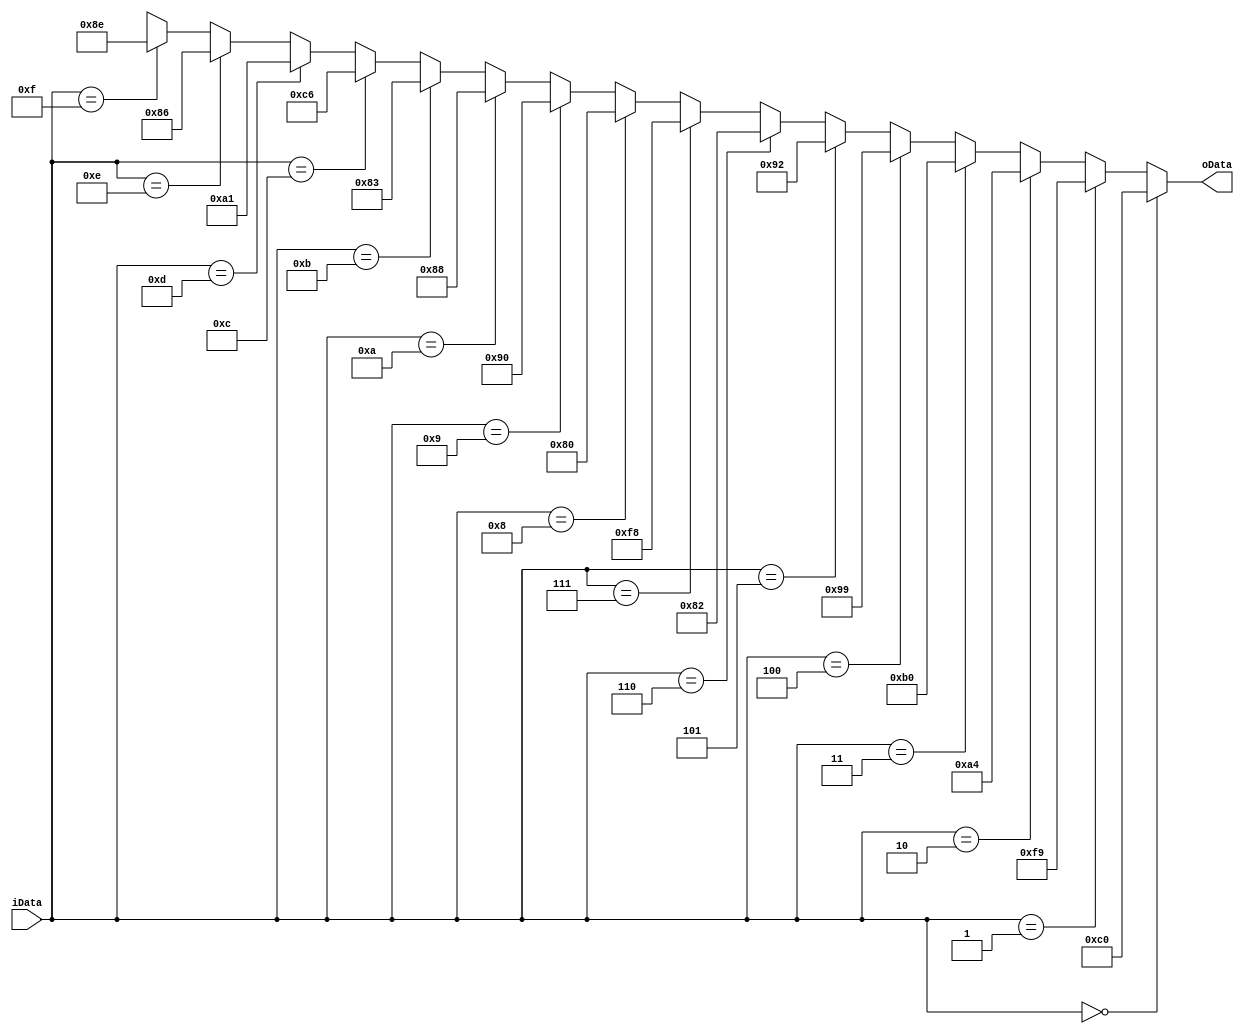
module smg_encode_immdmod
(
	 input [3:0]iData,
	 output [7:0]oData
);
	 parameter _0 = 8'b1100_0000, _1 = 8'b1111_1001, _2 = 8'b1010_0100, 
	           _3 = 8'b1011_0000, _4 = 8'b1001_1001, _5 = 8'b1001_0010, 
				  _6 = 8'b1000_0010, _7 = 8'b1111_1000, _8 = 8'b1000_0000,
				  _9 = 8'b1001_0000, _A = 8'b1000_1000, _B = 8'b1000_0011,
				  _C = 8'b1100_0110, _D = 8'b1010_0001, _E = 8'b1000_0110,
				  _F = 8'b1000_1110;
	 
	 reg [7:0]D = 8'b1111_1111;
	 
	 always @ ( * )
	     if( iData == 4'd0 ) D = _0;
		  else if( iData == 4'd1 ) D = _1;
		  else if( iData == 4'd2 ) D = _2;
		  else if( iData == 4'd3 ) D = _3;
		  else if( iData == 4'd4 ) D = _4;
		  else if( iData == 4'd5 ) D = _5;
		  else if( iData == 4'd6 ) D = _6;
		  else if( iData == 4'd7 ) D = _7;
		  else if( iData == 4'd8 ) D = _8;
		  else if( iData == 4'd9 ) D = _9;
		  else if( iData == 4'hA ) D = _A;
		  else if( iData == 4'hB ) D = _B;
		  else if( iData == 4'hC ) D = _C;
		  else if( iData == 4'hD ) D = _D;
		  else if( iData == 4'hE ) D = _E;
		  else if( iData == 4'hF ) D = _F;
		  else D = 8'dx;
	 
	 assign oData = D;

endmodule